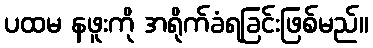
ပထမ နဖူးကို အရိုက်ခံရခြင်းဖြစ်မည်။